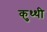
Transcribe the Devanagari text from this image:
कुथ्थी